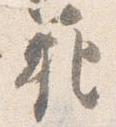
範